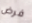
فرض